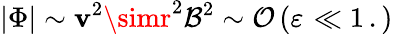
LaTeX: \left|\Phi\right|\sim\mathbf{v}^{2}\simr^{2}\mathcal{{B}}^{2}\sim\mathcal{O}\left(\varepsilon^{}\ll1\, .\right)